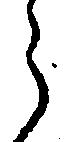
う